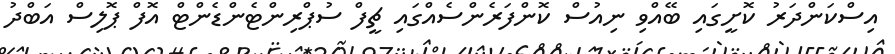
އިސްކަންދަރު ކޮށީގައި ބޭއްވި ނިއުސް ކޮންފަރެންސެއްގައި ޗީފް ސުޕްރިންޓެންޑެންޓް އޮފް ޕޮލިސް އަބްދު